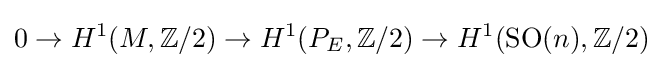
0\to H^{1}(M,\mathbb {Z} /2)\to H^{1}(P_{E},\mathbb {Z} /2)\to H^{1}(\operatorname {SO} (n),\mathbb {Z} /2)